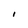
Character: I